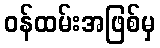
ဝန်ထမ်းအဖြစ်မှ